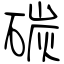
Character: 碳